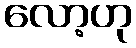
လော့ဟု